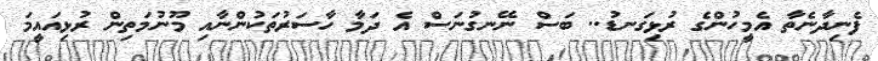
ފެނިދާނެތާ އެމީހުންގެ ރުޅިގަނޑު.. ބަސް ނޭނގުނަސް އެ ދަމާ ހާސަރުތަކުންނާއި މޫނުމަތިން ރުޅިއައީމަ